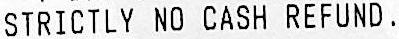
STRICTLY NO CASH REFUND.